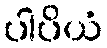
ပါပိယံ